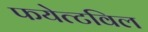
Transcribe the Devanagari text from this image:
फयेत्टविल